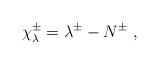
LaTeX: \begin{align*}{\chi}_{\lambda}^{\pm}=\lambda^{\pm}-N^{\pm}~,\end{align*}